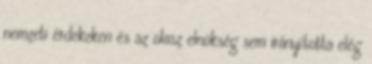
nemzeti érdekeken és az olasz elnökség sem irányította elég